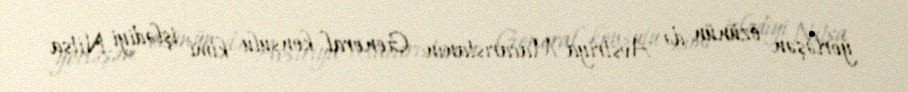
yerləşən özünün də Avstriya-Macarıstanın General konsulu kimi işlədiyi Nitsa